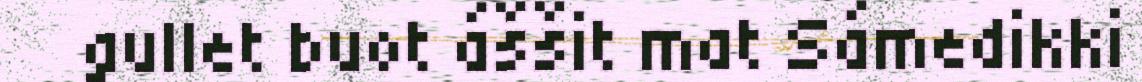
gullet buot áššit mat Sámedikki